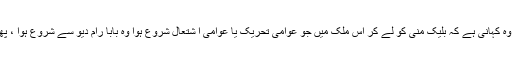
اس پوری کہانی کے درمیان ایک کہانی چھپ سی گئی ہے اور وہ کہانی ہے کہ بلیک منی کو لے کر اس ملک میں جو عوامی تحریک یا عوامی ا شتعال شروع ہوا وہ بابا رام دیو سے شروع ہوا ، پھر انا ہزارے نے لوک پال بل کے لئے جنتر منتر پر مظاہرہ کیا۔